Tezpur Lunatic Asylum reports 1895-1904 - 1895-1904
Year: 1895
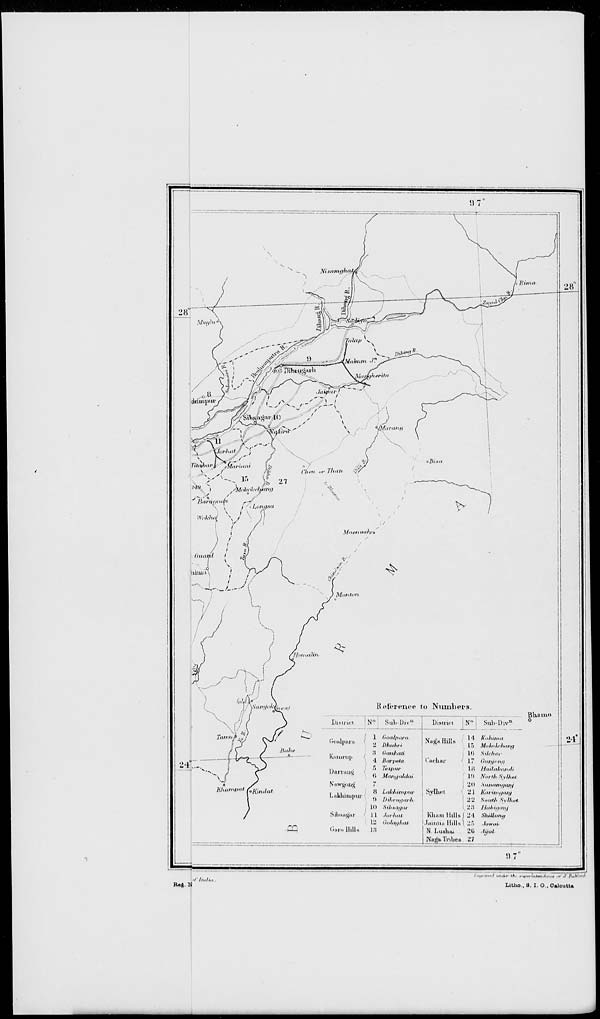
Rag. N
■I In,/,.,
..I,..,../ ,.„,(.,- ik. ■ivwuitenWrnin ,,i ,r Fn/f.'/'l
Litho., 8. I. 0.. Calcutta